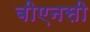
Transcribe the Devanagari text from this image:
बीएनसी